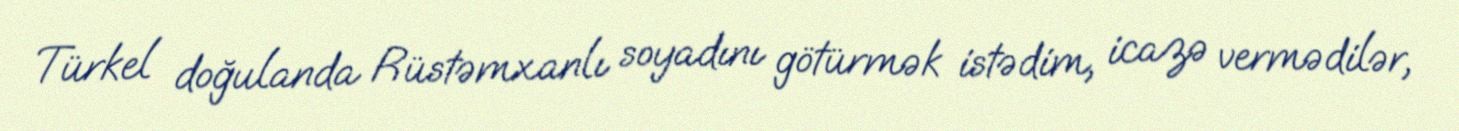
Türkel doğulanda Rüstəmxanlı soyadını götürmək istədim, icazə vermədilər,